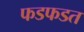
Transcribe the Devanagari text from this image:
फडफडत